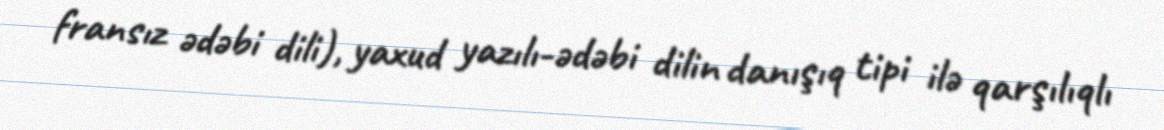
fransız ədəbi dili), yaxud yazılı-ədəbi dilin danışıq tipi ilə qarşılıqlı